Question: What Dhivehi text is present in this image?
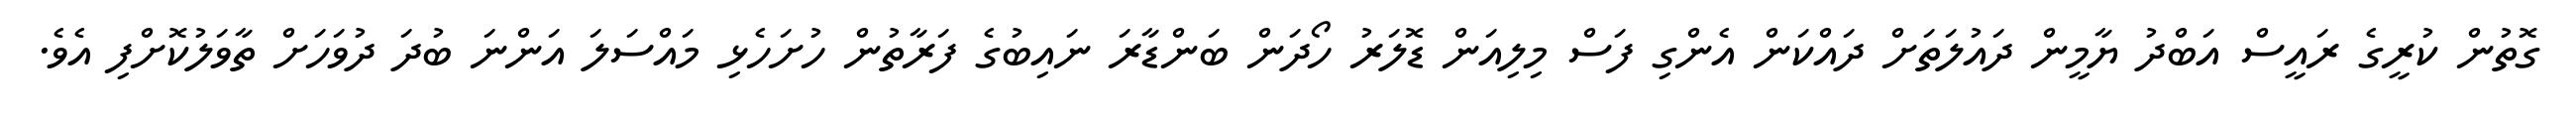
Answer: ގޮތުން ކުރީގެ ރައީސް އަބްދު ޔާމީން ދައުލަތަށް ދައްކަން އެންގި ފަސް މިލިއަން ޑޮލަރު ހޯދަން ބަންޑާރަ ނައިބުގެ ފަރާތުން ހުށަހެޅި މައްސަލަ އަންނަ ބުދަ ދުވަހަށް ތާވަލުކޮށްފި އެވެ.